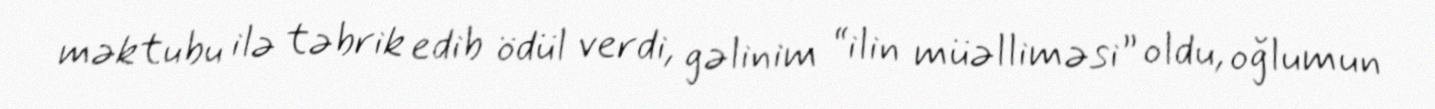
məktubu ilə təbrik edib ödül verdi, gəlinim “ilin müəlliməsi” oldu, oğlumun